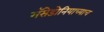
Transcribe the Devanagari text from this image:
मॅसेडोनियाच्याच